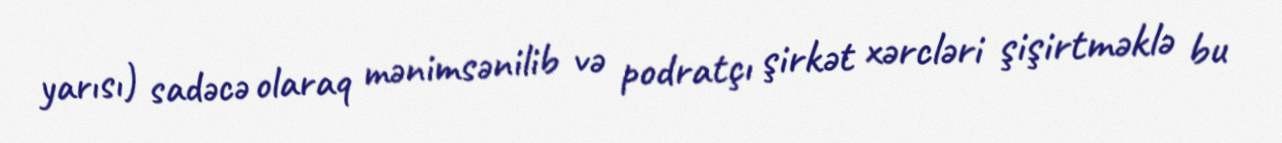
yarısı) sadəcə olaraq mənimsənilib və podratçı şirkət xərcləri şişirtməklə bu